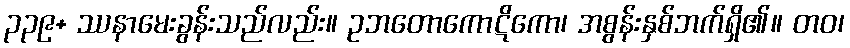
၃၃၉+ ဿနာမေးခွန်းသည်လည်း။ ဥဘတောကောဋိကော၊ အစွန်းနှစ်ဘက်ရှိ၏။ တဝ၊